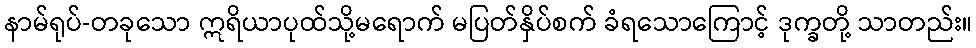
နာမ်ရုပ်-တခုသော ဣရိယာပုထ်သို့မရောက် မပြတ်နှိပ်စက် ခံရသောကြောင့် ဒုက္ခတို့ သာတည်း။